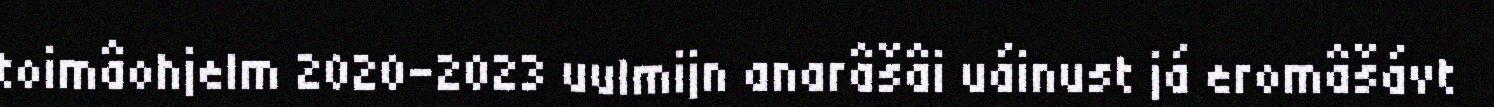
toimâohjelm 2020-2023 uulmijn anarâšâi uáinust já eromâšávt